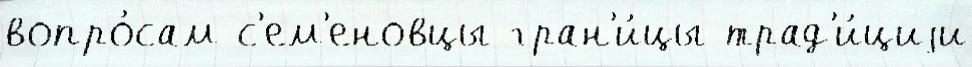
вопро́сам с'ем'еновцы гран'и́цы трад'и́циjи